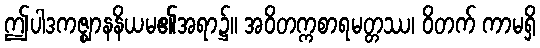
ဤပါဒကဇ္ဈာနနိယမ၏အရာ၌။ အဝိတက္ကစာရမတ္တဿ၊ ဝိတက် ကာမရှိ